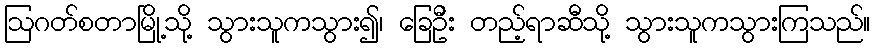
ဩဂတ်စတာမြို့သို့ သွားသူကသွား၍၊ ခြေဦး တည့်ရာဆီသို့ သွားသူကသွားကြသည်။